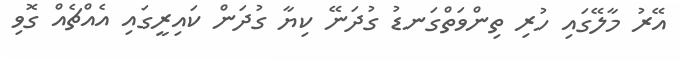
އޭރު މާލޭގައި ހުރި ތިންވަތްގަނޑު ގުދަނޭ ކިޔާ ގުދަން ކައިރީގައި އެއްޗެއް ގޮވި